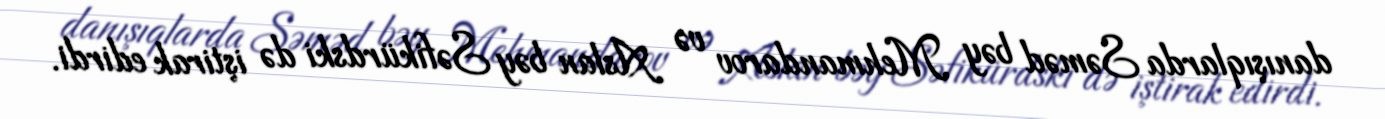
danışıqlarda Səməd bəy Mehmandarov və Aslan bəy Səfikürdski də iştirak edirdi.